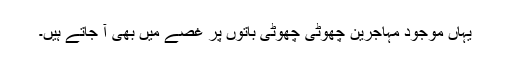
یہاں موجود مہاجرین چھوٹی چھوٹی باتوں پر غصے میں بھی آ جاتے ہیں۔